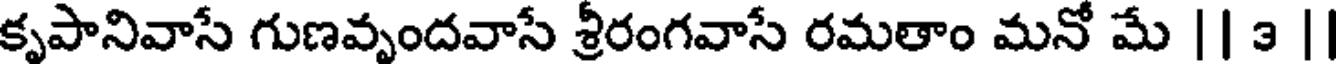
కృపానివాసే గుణవృందవాసే శ్రీరంగవాసే రమతాం మనో మే || 3 |